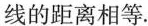
线的距离相等.